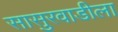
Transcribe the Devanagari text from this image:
सासुरवाडीला